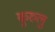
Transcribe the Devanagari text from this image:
कुरुलु